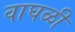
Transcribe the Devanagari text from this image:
वाघळी